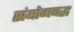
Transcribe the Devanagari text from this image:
संयोगबद्ध